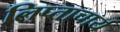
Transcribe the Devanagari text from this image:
लिप्ताचार्य